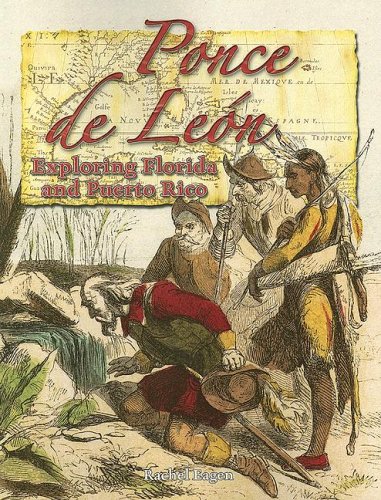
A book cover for Ponce De Leon: Exploring Florida And Puerto Rico (In the Footsteps of Explorers); Rachel Eagen; Children's Books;